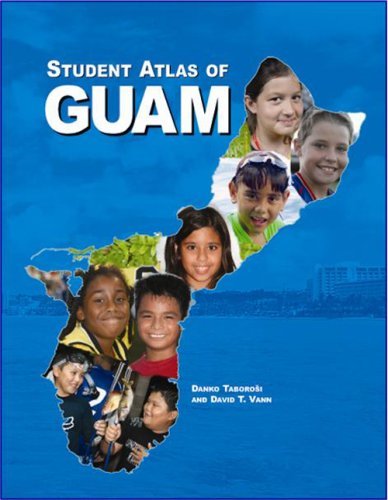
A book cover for By Danko Taborosi Student Atlas of Guam [Paperback]; Travel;